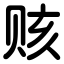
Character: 赅